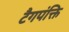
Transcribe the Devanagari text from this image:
टैगपंक्ति